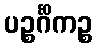
ပဉ္စင်္ဂိကဉ္စ